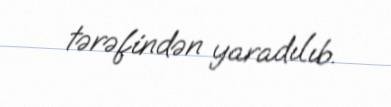
tərəfindən yaradılıb.